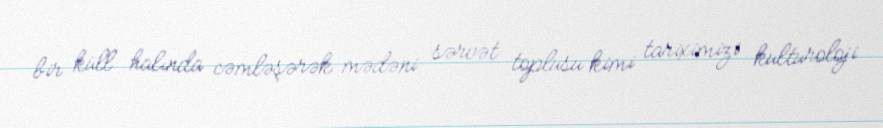
bir küll halında cəmləşərək mədəni sərvət toplusu kimi tariximizi kulturoloji